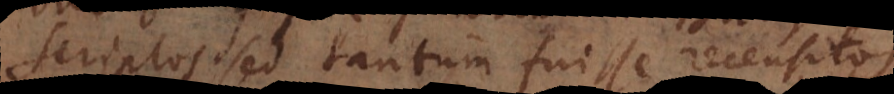
scriptos sed tantum fuisse recensito